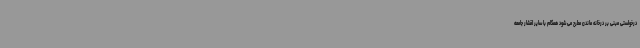
درخواستی مبنی بر درخانه ماندن مطرح می شود همگام با سایر اقشار جامعه